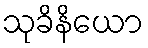
သုခိနိယော